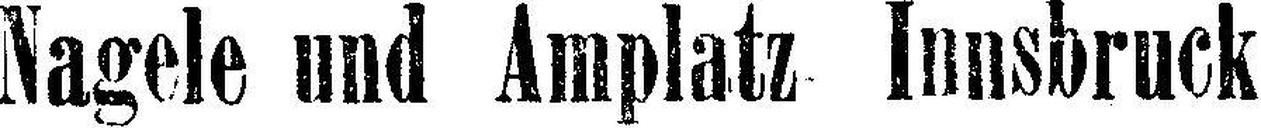
Nagele und Amplatz Innsbruck